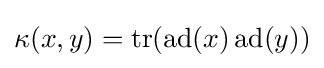
\kappa (x,y)=\operatorname {tr} (\operatorname {ad} (x)\operatorname {ad} (y))